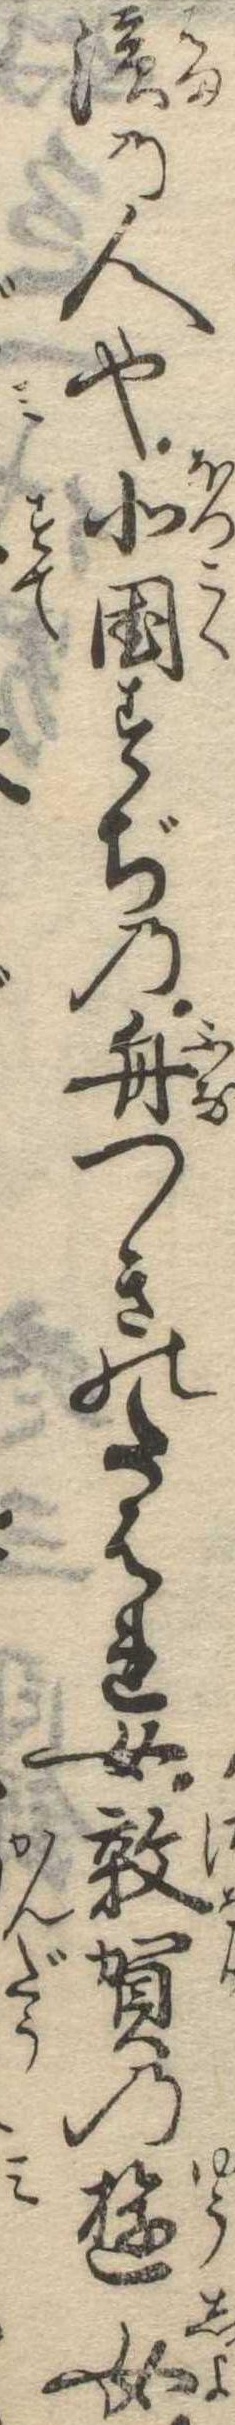
浜の人也北国すぢの舟つきのたはれ女敦賀の遊女